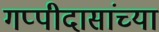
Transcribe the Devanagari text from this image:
गप्पीदासांच्या